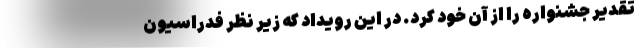
تقدیر جشنواره را از آن خود کرد. در این رویداد که زیر نظر فدراسیون